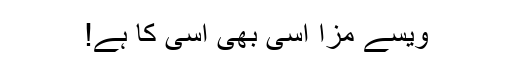
ویسے مزا اسی بھی اسی کا ہے!